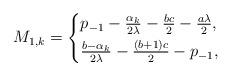
LaTeX: \begin{align*}M_{1,k}=\begin{cases*}p_{-1}-\frac{\alpha_{k}}{2\lambda}-\frac{bc}{2}-\frac{a\lambda}{2},&\\\frac{b-\alpha_k}{2\lambda}-\frac{(b+1)c}{2}-p_{-1},&\end{cases*}\end{align*}